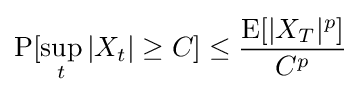
{\text{P}}[\sup _{t}|X_{t}|\geq C]\leq {\frac {{\text{E}}[|X_{T}|^{p}]}{C^{p}}}